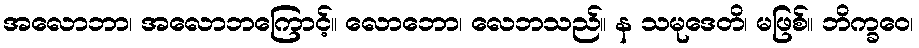
အလောဘာ၊ အလောဘကြောင့်။ လောဘော၊ လေဘသည်။ န သမုဒေတိ၊ မဖြစ်။ ဘိက္ခဝေ၊